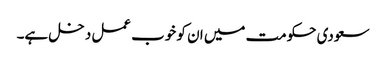
سعودی حکومت میں ان کو خوب عمل دخل ہے۔